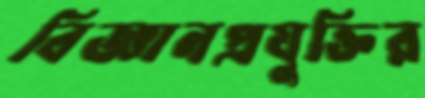
বিজ্ঞানপ্রযুক্তির